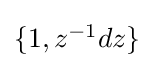
{\textstyle \{1,z^{-1}dz\}}